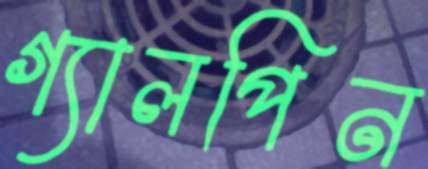
গ্যালপিন